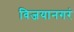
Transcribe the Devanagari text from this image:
विजयानगरं